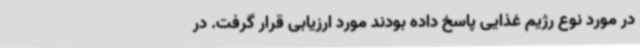
در مورد نوع رژیم غذایی پاسخ داده بودند مورد ارزیابی قرار گرفت. در